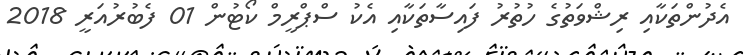
އެދުންތަކާއި ރިޝްވަތުގެ ހުތުރު ފައިސާތަކާއި އެކު ސްޕްރީމް ކޯޓުން 01 ފެބުރުއަރީ 2018